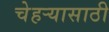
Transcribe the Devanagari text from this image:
चेहर्‍यासाठी